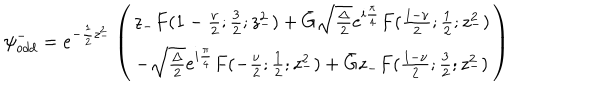
LaTeX: { \psi } _ { o d d } ^ { - } = e ^ { - \frac { 1 } { 2 } z _ { - } ^ { 2 } } \left( \begin{array} { c } { { z _ { - } F ( 1 - \frac { \nu } { 2 } ; \frac { 3 } { 2 } ; z _ { - } ^ { 2 } ) + \bar { G } \sqrt { \frac { \Delta } { 2 } } e ^ { i \frac { \pi } { 4 } } F ( \frac { 1 - \nu } { 2 } ; \frac { 1 } { 2 } ; z _ { - } ^ { 2 } ) } } \\ { { - \sqrt { \frac { \Delta } { 2 } } e ^ { i \frac { \pi } { 4 } } F ( - \frac { \nu } { 2 } ; \frac { 1 } { 2 } ; z _ { - } ^ { 2 } ) + \bar { G } z _ { - } F ( \frac { 1 - \nu } { 2 } ; \frac { 3 } { 2 } ; z _ { - } ^ { 2 } ) } } \\ \end{array} \right)